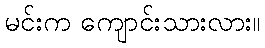
မင်းက ကျောင်းသားလား။